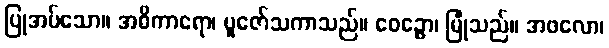
ပြုအပ်သော။ အဓိကာရော၊ ပူဇော်သကာသည်။ ဝေဉ္ဇော၊ မြုံသည်။ အဖလော၊